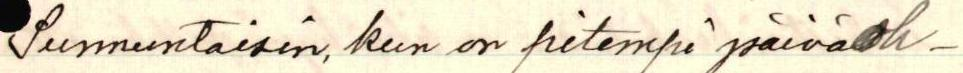
Sunnuntaisin, kun on pitempi päiväoh-